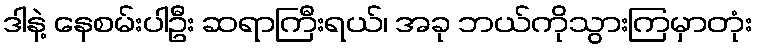
ဒါနဲ့ နေစမ်းပါဦး ဆရာကြီးရယ်၊ အခု ဘယ်ကိုသွားကြမှာတုံး